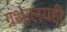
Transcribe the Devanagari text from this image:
ग्रंथालयही